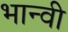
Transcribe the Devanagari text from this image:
भान्वी